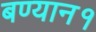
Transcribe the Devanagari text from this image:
बण्यान१